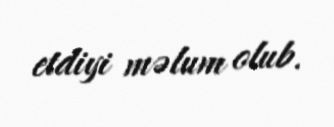
etdiyi məlum olub.